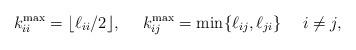
LaTeX: \begin{align*}k^{\max}_{ii}=\lfloor\ell_{ii}/2\rfloor, \ \ \ \ k^{\max}_{ij}=\min\{\ell_{ij},\ell_{ji}\} \ \ \ \ i\neq j,\end{align*}